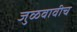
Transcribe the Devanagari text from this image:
जुळवावीच